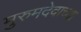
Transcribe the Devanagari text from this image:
मुरुमदेवाच्या